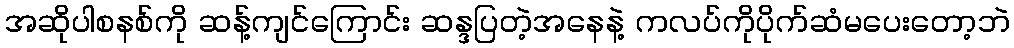
အဆိုပါစနစ်ကို ဆန့်ကျင်ကြောင်း ဆန္ဒပြတဲ့အနေနဲ့ ကလပ်ကိုပိုက်ဆံမပေးတော့ဘဲ